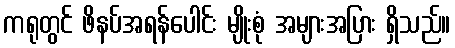
ကရုတွင် ဖိနပ်အရန်ပေါင်း မျိုးစုံ အများအပြား ရှိသည်။